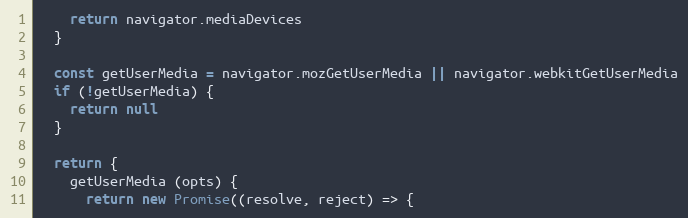
Language: JavaScript
    return navigator.mediaDevices
  }

  const getUserMedia = navigator.mozGetUserMedia || navigator.webkitGetUserMedia
  if (!getUserMedia) {
    return null
  }

  return {
    getUserMedia (opts) {
      return new Promise((resolve, reject) => {